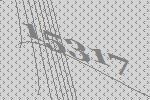
15317